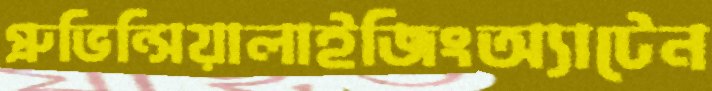
প্রুভিন্সিয়ালাইজিংঅ্যাটেন